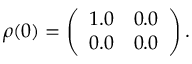
\begin{array} { r } { \rho ( 0 ) = \left( \begin{array} { l l } { 1 . 0 } & { 0 . 0 } \\ { 0 . 0 } & { 0 . 0 } \end{array} \right) . } \end{array}